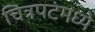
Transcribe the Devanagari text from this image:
चित्रपटंमध्ये